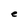
Character: e